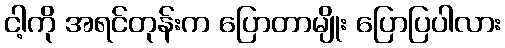
ငါ့ကို အရင်တုန်းက ပြောတာမျိုး ပြောပြပါလား